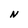
Character: N